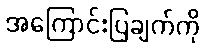
အကြောင်းပြချက်ကို